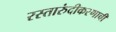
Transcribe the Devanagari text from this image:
रस्तारुंदीकरणाची